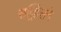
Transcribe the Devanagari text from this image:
सव्र्हिसने